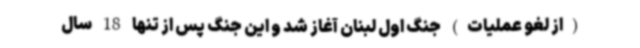
(از لغو عملیات) جنگ اول لبنان آغاز شد و این جنگ پس از تنها 18 سال